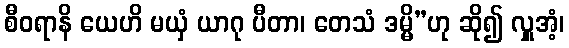
စီဝရာနိ ယေဟိ မယှံ ယာဂု ပီတာ၊ တေသံ ဒမ္မိ”ဟု ဆို၍ လှူအံ့၊